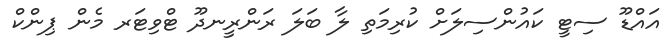
އައްޑޫ ސިޓީ ކައުންސިލަށް ކުރިމަތި ލާ ބަލަ ރަންރީނދޫ ޓްވިޓަރ މެން ޕިންކް